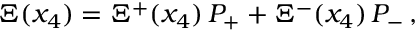
\Xi ( x _ { 4 } ) = \Xi ^ { + } ( x _ { 4 } ) \, P _ { + } + \Xi ^ { - } ( x _ { 4 } ) \, P _ { - } \, ,